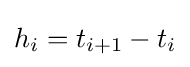
h_{i}=t_{i+1}-t_{i}